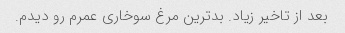
بعد از تاخیر زیاد. بد‌ترین مرغ سوخاری عمرم رو دیدم.